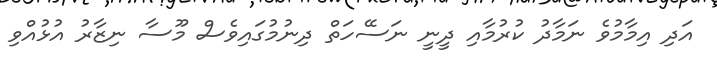
އަދި އިމާމުވެ ނަމާދު ކުރުމާއި ދީނީ ނަސޭހަތް ދިނުމުގައިވެސް މޫސާ ނިޒާރު އުޅުއްވި